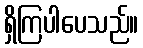
ရှိကြပါပေသည်။